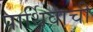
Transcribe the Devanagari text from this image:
पार्थिवाची